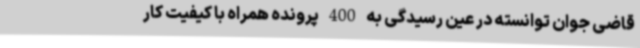
قاضی جوان توانسته در عین رسیدگی به 400 پرونده همراه با کیفیت کار